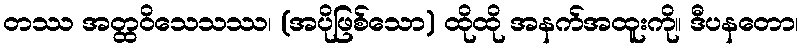
တဿ အတ္ထဝိသေသဿ၊ (အပိုဖြစ်သော) ထိုထို အနက်အထူးကို။ ဒီပနတော၊